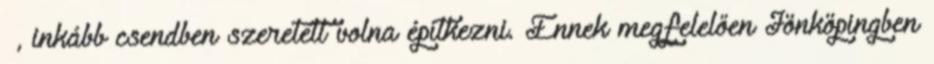
–, inkább csendben szeretett volna építkezni. Ennek megfelelően Jönköpingben